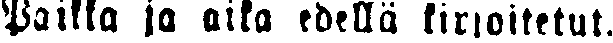
Paikka ja aika edellä kirjoitetut.